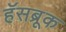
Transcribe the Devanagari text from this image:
हॅसब्रूक